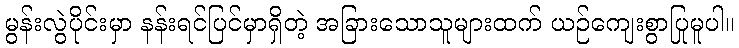
မွန်းလွဲပိုင်းမှာ နန်းရင်ပြင်မှာရှိတဲ့ အခြားသောသူများထက် ယဉ်ကျေးစွာပြုမူပါ။